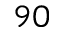
9 0